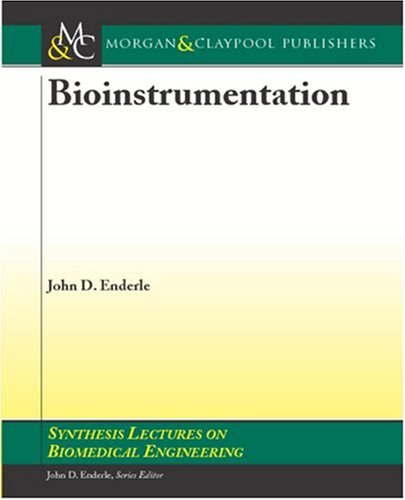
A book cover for Bioinstrumentation (Synthesis Lectures on Biomedical Engineering Synthesis Lectu); John D. Enderle; Science & Math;